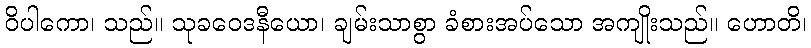
ဝိပါကော၊ သည်။ သုခဝေဒနီယော၊ ချမ်းသာစွာ ခံစားအပ်သော အကျိုးသည်။ ဟောတိ၊